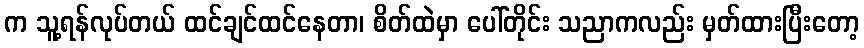
က သူ့ရန်လုပ်တယ် ထင်ချင်ထင်နေတာ၊ စိတ်ထဲမှာ ပေါ်တိုင်း သညာကလည်း မှတ်ထားပြီးတော့